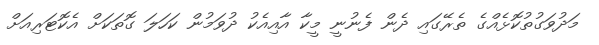
މަދުވަގުތުކޮޅެއްގެ ތެރޭގައި ދެން ފެނުނީ މީކާ އާއިއެކު ދުވަމުން ކަހަލަ ގޮތަކަށް އެކޮޓަރިއަށް